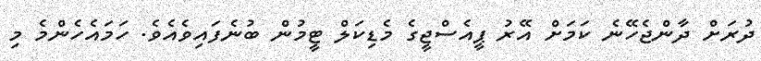
ދުރަށް ދާންޖެހޭނެ ކަމަށް އޭރު ޕީއެސްޖީގެ މެޑިކަލް ޓީމުން ބުނެފައިވެއެވެ. ހަމައެހެންމެ މި